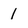
Character: 1